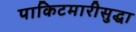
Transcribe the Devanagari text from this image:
पाकिटमारीसुद्धा